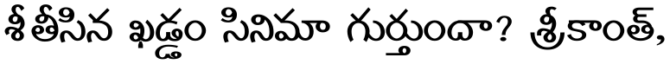
శీ తీసిన ఖడ్డం సినిమా గుర్తుందా? శ్రీకాంత్,